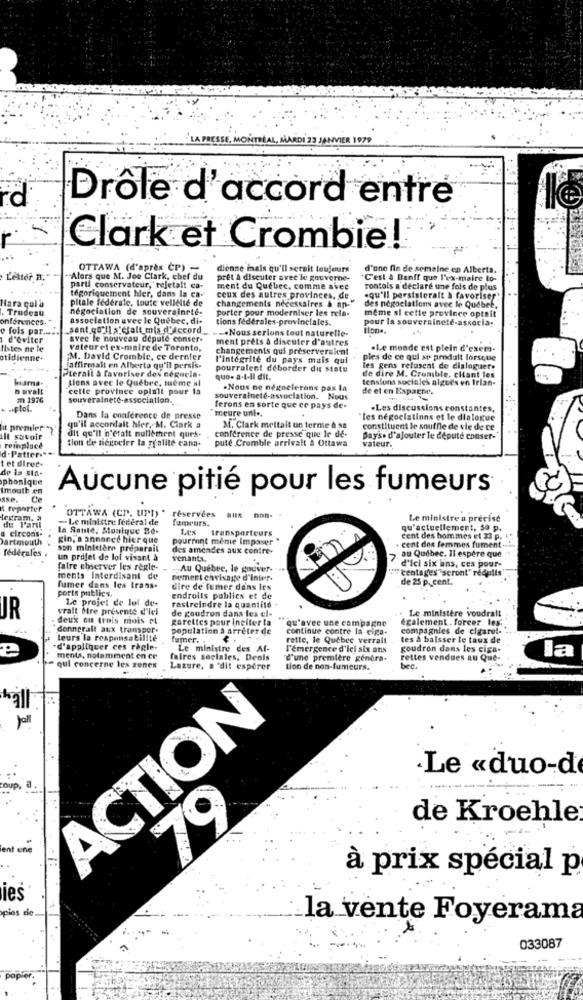
LA PRESSE, MONTRÉAL, MARDI 23 JANVIER 1979
rd
Drôle d'accord entre
le
r
Clark et Crombie!
OTTAWA (d'après CP) -
dienne inals qu'il serait toujours
d'une fin de semaine en Alberta.
Leštěř, B.
"Alors que M. Joe Clark, chef du
prêt à discuter avec le gouverne-
C'est à Banff que l'ex-maire to-
parti conservateur,"rejetalt ca-
ment du Quebec, comme avec
rontols a déclaré une fois de plus
tégoriquement hier, dans la ca-
pitale federate, toute vellelle de
changements nécessaires & an-
ceux des autres provinces, de
.qu'il persisteralt & favoriser
Hara gul à
Trudesu
négociation de souveraineté.
porter pour moderniser les rela-
des négociations avec le Quibeb.
même si cette province optait
onférences."
association avec le Quebec, di-
tions fédérales-provinciales.
pour la souveraineté-associa:
fois par.
sent qu'il s' Jalt mis d'accord
-. Nous serions tout naturelle-
tion ..
d'oviter
avec le nouveau depute conser-
ment prêts à discuter d'autres
listes ne le
vateurel ex-maire de Toronto,
changements qui preserveralent
.Le monde est plein d'exem-
otidienne-
'M. David Crombie, ce dernfer
l'intégrité du pays mais qui
ples de ce qui se produit lorsque
[affirmait en Alberta qu'il persis-
pourraient déborder du statu
les gens refusent de dialoguer.
Pteralt & favoriser des negocia-
Liens avec le Quebre, meme si
quo- a-t-il dit.
de dire M. Crumble. citant les
tensions sociales algues en Irian-
Duvalt
celle province oplait pour la
.Nous ne négocierans pas la
de et en Espacm.
m 1976
souveraineté-association.
souveraineté-association. Nous
meure unt ..
ferons en sorte que ce pays de-
-Les discussions constantes,
Dans la conference de presse
"les négociations et le dialogue
it premier *
qu'il accordalt hier, M. Clark a
conference de presse que le de-
M. Clark mettait un terme & sa
constituent le souffle de vie de ce
alt savoir
dit qu'il n'était nullement que's. .
tion de niegoeler la ffalite cana-
pute Crumble arrivait a Ottawa
Day's. d'ajouter le député enaser-
remplace
vateur.
d.Patter."
t et direc.
de la sta-
phonique
Imouth en
Aucune pitié pour les fumeurs
A reporter
OTTAWA (CP. UPD) .
fegram. a
-Le ministre fédéral de
réservées aux non-
fameurs.
Le ministre a précisé
a circons-
de l'aril
la Sante, Moulque Bo-
transporteurs
qu'actuellement, 50 p.
Dartmouth
Kin, a annoncé hier que
pourront mene Impaser "
cent des hommes et 33 p.
cent dos femmes fument
fédérales
son ministern preparail
des amendes aux contre-
au Québec. Il espère que
un projet de loi visant à
venants
faire chserver les règle-
Au Québec, le gouver-
:''centages seront" recalls'
d'ici six ans, ces pour-
ments interdisant de
nement cavisage d'inter.
de 25 p. cent.
ports publics.
fumer dans les trans-
dire de fumer dans les
Le projet de lol de-
endroits publics et de
restreindre la quantité -
vrait fre presente d'lel
de goudron dans les el-
UJR
deux ou trois mois et
garettes pour ineiter ta
qu'avec une campagne
également. forcer les
Le ministère voudrait
donnerait aux transpor.
population à arreter de
continue contre la eiga-
compagnies de elgarel-
teurs la responsabilité
fumer. .
rette, le Québec verrall
tes a balsser le taux de
.d'appliquer ces règle-
Le ministre des Af-
l'émergence d'ici six ans
goudron dans les ciga.
la
e
ments, notamment en ce
faires sociales, Denis
d'une première genera-
rettes vendues au Que-
qui concerne les zones
Lazure, a 'dit espérer
tion de non-fumeurs.
ACTION
.Le «duo-d
coup,
de Kroehle
ent une
à prix spécial p
ies
pies de
la vente Foyerama
033087
popier.